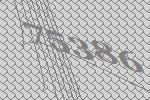
75386